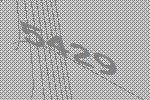
5429